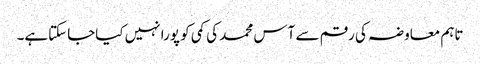
تاہم معاوضہ کی رقم سے آس محمد کی کمی کو پورا نہیں کیاجاسکتاہے۔